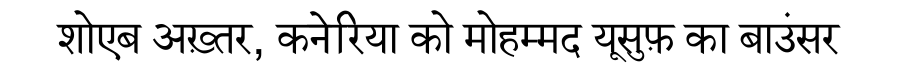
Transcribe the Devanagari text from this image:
शोएब अख़्तर, कनेरिया को मोहम्मद यूसुफ़ का बाउंसर